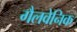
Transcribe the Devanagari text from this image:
गैलवेनिक